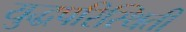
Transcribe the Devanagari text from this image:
युद्धपरिस्थिती